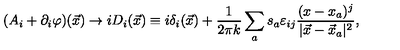
( A _ { i } + \partial _ { i } \varphi ) ( \vec { x } ) \rightarrow i D _ { i } ( \vec { x } ) \equiv i \delta _ { i } ( \vec { x } ) + \frac { 1 } { 2 \pi k } \sum _ { a } s _ { a } \varepsilon _ { i j } \frac { ( x - x _ { a } ) ^ { j } } { | \vec { x } - \vec { x } _ { a } | ^ { 2 } } ,